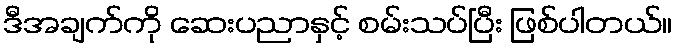
ဒီအချက်ကို ဆေးပညာနှင့် စမ်းသပ်ပြီး ဖြစ်ပါတယ်။